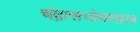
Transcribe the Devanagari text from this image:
चंद्रासभोवताल